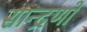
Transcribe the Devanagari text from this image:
सान्द्रणों